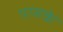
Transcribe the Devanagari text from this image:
पासके